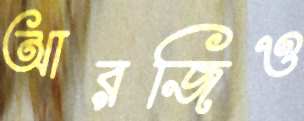
আরজিও